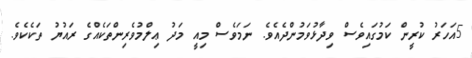
5އަހަރު ކުރީން ކަމުގައިވެސް ވިދާޅުވަމުންދެއެވެ. ނަމަވެސް މިއީ މަދު ޢިލްމުވެރިންތަކެއްގެ ރައުޔު ތަކެކެވެ.